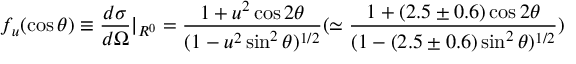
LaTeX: f _ { u } ( \cos \theta ) \equiv \frac { d \sigma } { d \Omega } | _ { R ^ { 0 } } = \frac { 1 + u ^ { 2 } \cos 2 \theta } { ( 1 - u ^ { 2 } \sin ^ { 2 } \theta ) ^ { 1 / 2 } } ( \simeq \frac { 1 + ( 2 . 5 \pm 0 . 6 ) \cos 2 \theta } { ( 1 - ( 2 . 5 \pm 0 . 6 ) \sin ^ { 2 } \theta ) ^ { 1 / 2 } } )